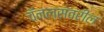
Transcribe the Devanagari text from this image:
चॅनल्सवरील